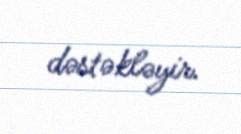
dəstəkləyir.